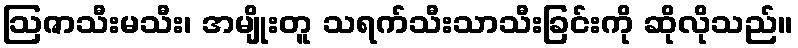
ဩဇာသီးမသီး၊ အမျိုးတူ သရက်သီးသာသီးခြင်းကို ဆိုလိုသည်။